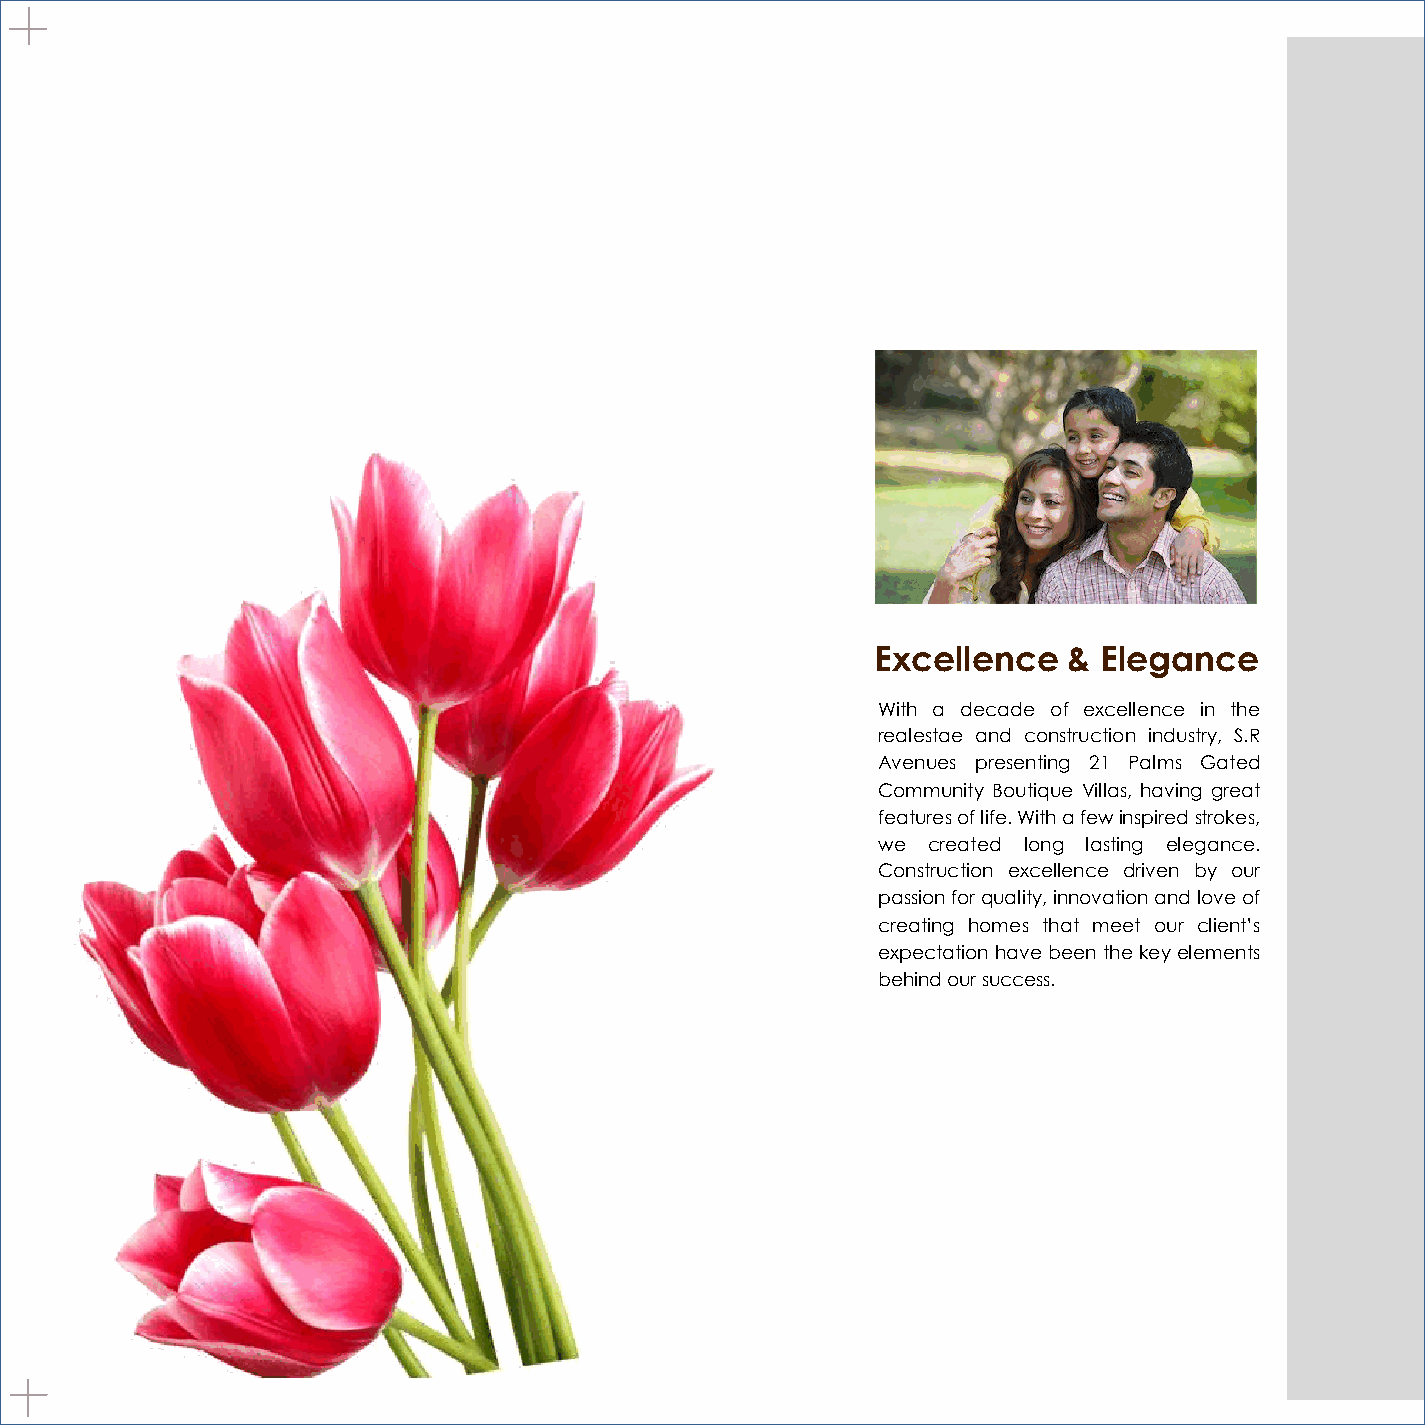
Excellence   & Elegance
 With a decade of excellence in the
 realestae and construction industry, S.R
 Avenues presenting 21 Palms Gated
 Community Boutique Villas, having great
 featuresoflife.Withafewinspiredstrokes,
 we created long lasting elegance.
 Construction excellence driven by our
 passionforquality,innovationandloveof
 creating homes that meet our client’s
 expectationhavebeenthekeyelements
 behindoursuccess.